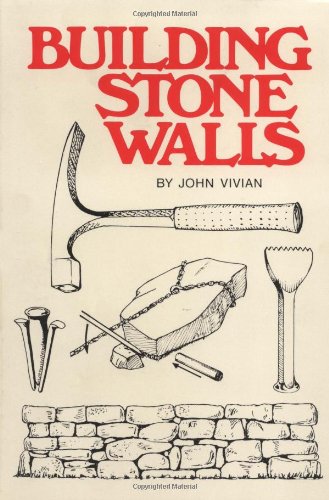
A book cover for Building Stone Walls; John Vivian; Crafts, Hobbies & Home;